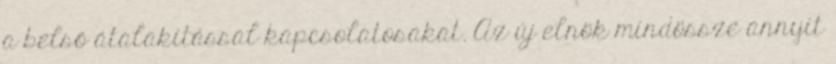
a belső átalakítással kapcsolatosakat. Az új elnök mindössze annyit